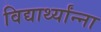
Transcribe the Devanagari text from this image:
विद्यार्थ्यांन्ना